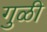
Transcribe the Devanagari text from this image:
गुळी